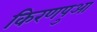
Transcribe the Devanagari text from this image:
किरणपुआ